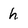
Character: h